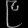
Digit: ၉